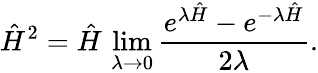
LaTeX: \hat{H}^{2}=\hat{H}\, \operatorname*{lim}_{\lambda\rightarrow 0}\frac{e^{\lambda\hat{H}}-e^{-\lambda\hat{H}}}{2\lambda}.